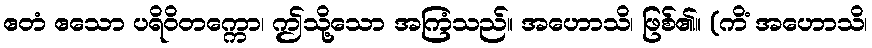
ဧတံ ဧသော ပရိဝိတက္ကော၊ ဤသို့သော အကြံသည်။ အဟောသိ၊ ဖြစ်၏။ (ကိံ အဟောသိ၊